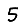
Digit: 5